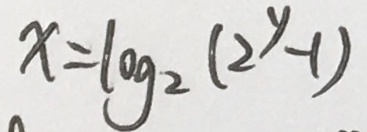
x = \log _ { 2 } ( 2 ^ { y } - 1 )